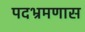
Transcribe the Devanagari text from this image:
पदभ्रमणास